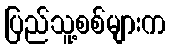
ပြည်သူ့စစ်များက